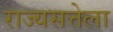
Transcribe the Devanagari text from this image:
राज्यसत्तेला